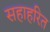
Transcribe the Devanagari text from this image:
सहाहरित